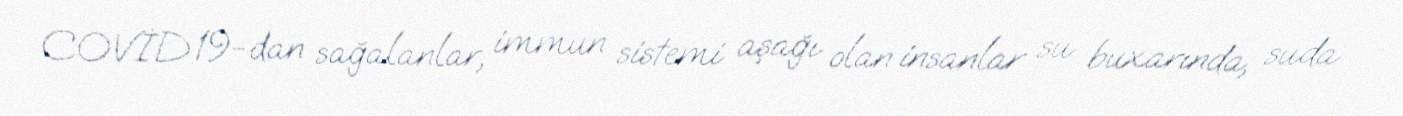
COVİD 19-dan sağalanlar, immun sistemi aşağı olan insanlar su buxarında, suda